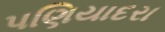
પણિયાદરા